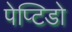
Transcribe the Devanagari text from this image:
पेप्टिडो